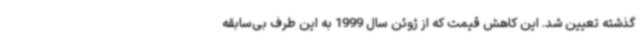
گذشته تعیین شد. این کاهش قیمت که از ژوئن سال 1999 به این طرف بی‌سابقه